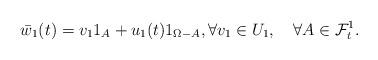
LaTeX: \begin{align*}\bar{w}_1(t)=v_1 1_A+u_1(t)1_{\Omega-A},\forall v_1\in U_1,\quad\forall A\in\mathcal{F}_t^1.\end{align*}